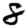
Digit: 8